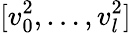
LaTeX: [v_{0}^{2},\ldots,v_{l}^{2}]